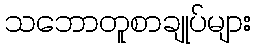
သဘောတူစာချုပ်များ